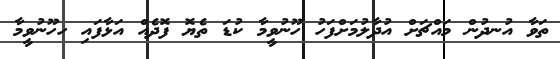
ތަވާ އުނދުން މައްޗަށް އުދާލުމަށްފަހު ހޫނުވީމާ ކުޑަ ތެޔޮ ފޮދެއް އަޅާފައި ހހޫނުވީމާ